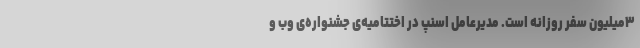
۳میلیون سفر روزانه است. مدیرعامل اسنپ در اختتامیه‌ی جشنواره‌ی وب و